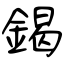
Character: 鍻